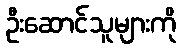
ဦးဆောင်သူများကို